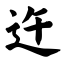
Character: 迕